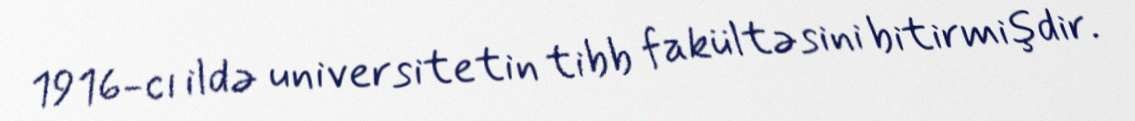
1916-cı ildə universitetin tibb fakültəsini bitirmişdir.